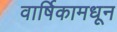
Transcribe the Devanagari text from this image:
वार्षिकामधून